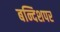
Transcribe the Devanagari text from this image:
बन्दिशपर